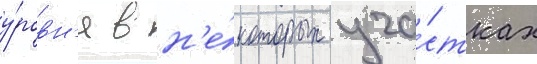
у́ровн'я в н'е́которых уча́стках